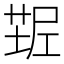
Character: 𰱠